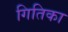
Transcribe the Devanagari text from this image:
गितिका